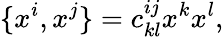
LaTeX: \{ x^{i},x^{j}\} =c_{kl}^{ij}x^{k}x^{l},